Leucocytozoon canis - Number 26
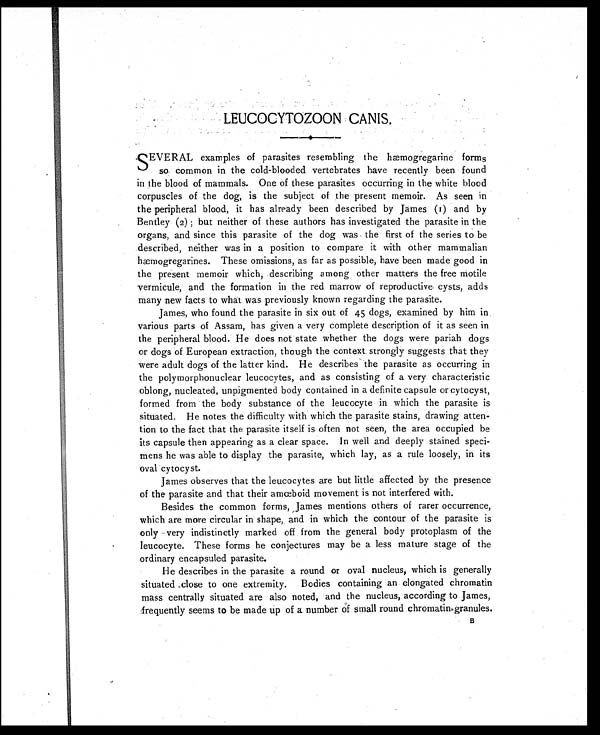
LEUCOCYTOZOON CANIS.
SEVERAL examples of parasites resembling the hæmogregarine forms
so common in the cold-blooded vertebrates have recently been found
in the blood of mammals. One of these parasites occurring in the white blood
corpuscles of the dog, is the subject of the present memoir. As seen in
the peripheral blood, it has already been described by James (1) and by
Bentley (2) ; but neither of these authors has investigated the parasite in the
organs, and since this parasite of the dog was the first of the series to be
described, neither was in a position to compare it with other mammalian
hæmogregarines. These omissions, as far as possible, have been made good in
the present memoir which, describing among other matters the free motile
vermicule, and the formation in the red marrow of reproductive, cysts, adds
many new facts to what was previously known regarding the parasite.
James, who found the parasite in six out of 45 dogs, examined by him in
various parts of Assam, has given a very complete description of it as seen in
the peripheral blood. He does not state whether the dogs were pariah dogs
or dogs of European extraction, though the context strongly suggests that they
were adult dogs of the latter kind. He describes the parasite as occurring in
the polymorphonuclear leucocytes, and as consisting of a very characteristic
oblong, nucleated, unpigmented body contained in a definite capsule or cytocyst,
formed from the body substance of the leucocyte in which the parasite is
situated. He notes the difficulty with which the parasite stains, drawing atten-
tion to the fact that the parasite itself is often not seen, the area occupied be
its capsule then appearing as a clear space. In well and deeply stained speci-
mens he was able to display the parasite, which lay, as a rule loosely, in its
oval cytocyst.
James observes that the leucocytes are but little affected by the presence
of the parasite and that their amœboid movement is not interfered with.
Besides the common forms, James mentions others of rarer occurrence,
which are more circular in shape, and in which the contour of the parasite is
only very indistinctly marked off from the general body protoplasm of the
leucocyte. These forms he conjectures may be a less mature stage of the
ordinary encapsuled parasite.
He describes in the parasite a round or oval nucleus, which is generally
situated close to one extremity. Bodies containing an elongated chromatin
mass centrally situated are also noted, and the nucleus, according to James,
frequently seems to be made uo of a number of small round chromatin granules.
B